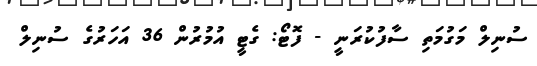
ސުނިލް މަގުމަތި ސާފުކުރަނީ - ފޮޓޯ: ގެޓީ އުމުރުން 36 އަހަރުގެ ސުނިލް